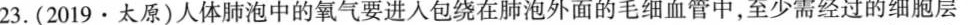
23(2019·太原)人体肺泡中的氧气要进入包绕在肺泡外面的毛细血管中，至少需经过的细胞层